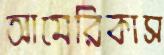
আমেরিকাস